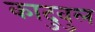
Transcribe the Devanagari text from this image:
कादुवुल